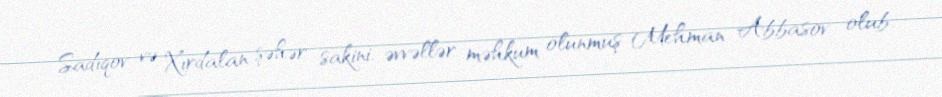
Sadıqov və Xırdalan şəhər sakini, əvvəllər məhkum olunmuş Mehman Abbasov olub.